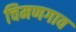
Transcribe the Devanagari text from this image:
चिमणगाव